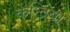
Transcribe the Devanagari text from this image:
केन्द्रिया